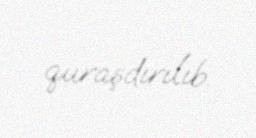
quraşdırılıb.